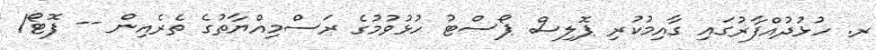
ރ. ހުޅުދުއްފާރުގައި ގާއިމުކުރި ޕޮލިސް ޕޯސްޓު ހުޅުވުމުގެ ރަސްމިއްޔާތުގެ ތެރެއިން -- ފޮޓޯ/